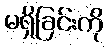
မရှိခြင်းကို